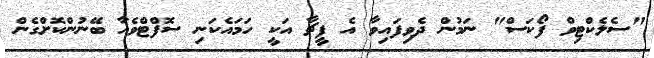
"ސެލެކްޓިވް ފޯކަސް" ނަމުން ދެވިފައިވާ އެ ފީޗާ އަކީ ހަމައެކަނި ސޮފްޓްވެއާ ބޭނުންކޮށްގެން